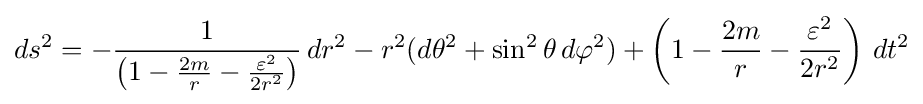
ds^{2}=-{\frac {1}{\left(1-{\frac {2m}{r}}-{\frac {\varepsilon ^{2}}{2r^{2}}}\right)}}\,dr^{2}-r^{2}(d\theta ^{2}+\sin ^{2}\theta \,d\varphi ^{2})+\left(1-{\frac {2m}{r}}-{\frac {\varepsilon ^{2}}{2r^{2}}}\right)\,dt^{2}